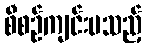
စီစဉ်ကျင်းပသည့်